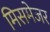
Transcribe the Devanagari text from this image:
मिसमेजर